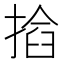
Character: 𢰖